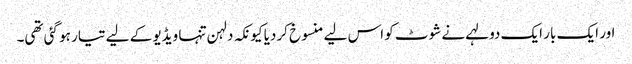
اور ایک بار ایک دولہے نے شوٹ کو اس لیے منسوخ کردیا کیونکہ دلہن تنہا ویڈیو کے لیے تیار ہو گئی تھی۔